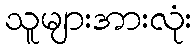
သူများအားလုံး